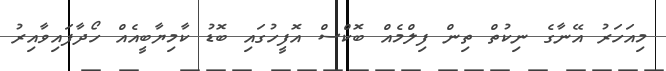
މިއަހަރު އޭނާގެ ނިކުތް ތިން ފިލްމެއް ބޮކްސް އޮފީހުގައި ބޮޑު ކާމިޔާބީއެއް ހޯދާފައިވާއިރު